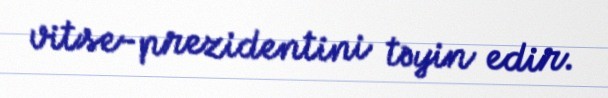
vitse-prezidentini təyin edir.